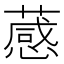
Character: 𦽫